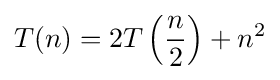
T(n)=2T\left({\frac {n}{2}}\right)+n^{2}